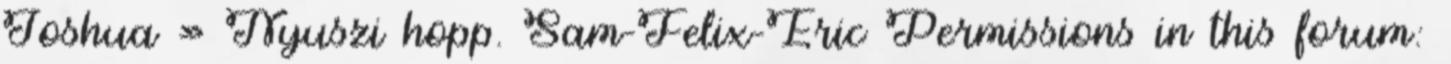
Joshua » Nyuszi hopp. Sam-Felix-Eric Permissions in this forum: